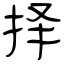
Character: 择